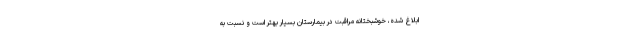
ابلاغ شده، خوشبختانه مراقبت در بیمارستان بسیار بهتر است و نسبت به